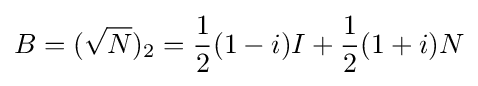
B=({\sqrt {N}})_{2}={\frac {1}{2}}(1-i)I+{\frac {1}{2}}(1+i)N